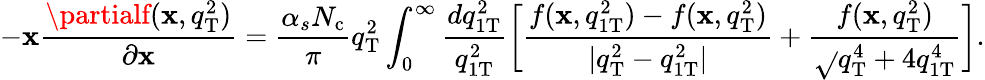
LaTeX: -\mathbf{x}\frac{{\partialf(\mathbf{x},q_{\mathrm{{T}}}^{2})}}{{\partial\mathbf{x}}}=\frac{{\alpha_{s}N_{\mathrm{{c}}}}}{{\pi}}q_{\mathrm{{T}}}^{2}\int_{0}^{\infty}\frac{{dq_{1\mathrm{{T}}}^{2}}}{{q_{1\mathrm{{T}}}^{2}}}\bigg[\frac{{f(\mathbf{x},q_{1\mathrm{{T}}}^{2})-f(\mathbf{x},q_{\mathrm{{T}}}^{2})}}{{|q_{\mathrm{{T}}}^{2}-q_{1\mathrm{{T}}}^{2}|}}+\frac{{f(\mathbf{x},q_{\mathrm{{T}}}^{2})}}{{\sqrt{}{{q_{\mathrm{{T}}}^{4}+4q_{1\mathrm{{T}}}^{4}}}}}\bigg].